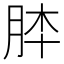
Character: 𦚬